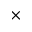
\times